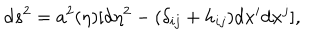
\mathrm { d } s ^ { 2 } = a ^ { 2 } ( \eta ) [ \mathrm { d } \eta ^ { 2 } - ( \delta _ { i j } + h _ { i j } ) \mathrm { d } x ^ { i } \mathrm { d } x ^ { j } ] ,